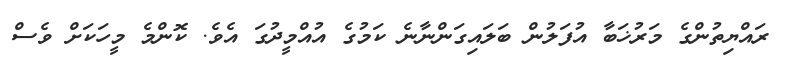
ރައްޔިތުންގެ މަރުޚަބާ އުފަލުން ބަލައިގަންނާނެ ކަމުގެ އުއްމީދުގަ އެވެ. ކޮންމެ މީހަކަށް ވެސް